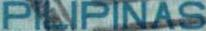
PILIPINAS